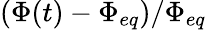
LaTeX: (\Phi(t)-\Phi_{eq})/\Phi_{eq}